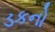
ડકનો